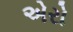
એરો